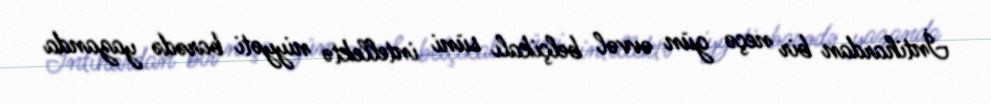
İntihardan bir neçə gün əvvəl belçikalı süni intellektə niyyəti barədə yazanda